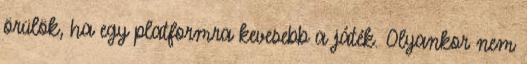
örülök, ha egy platformra kevesebb a játék. Olyankor nem